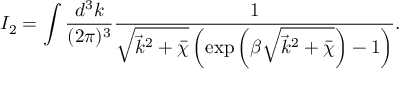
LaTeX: I _ { 2 } = \int \frac { d ^ { 3 } k } { ( 2 \pi ) ^ { 3 } } \frac { 1 } { \sqrt { \vec { k } ^ { 2 } + \bar { \chi } } \left( \exp \left( \beta \sqrt { \vec { k } ^ { 2 } + \bar { \chi } } \right) - 1 \right) } .